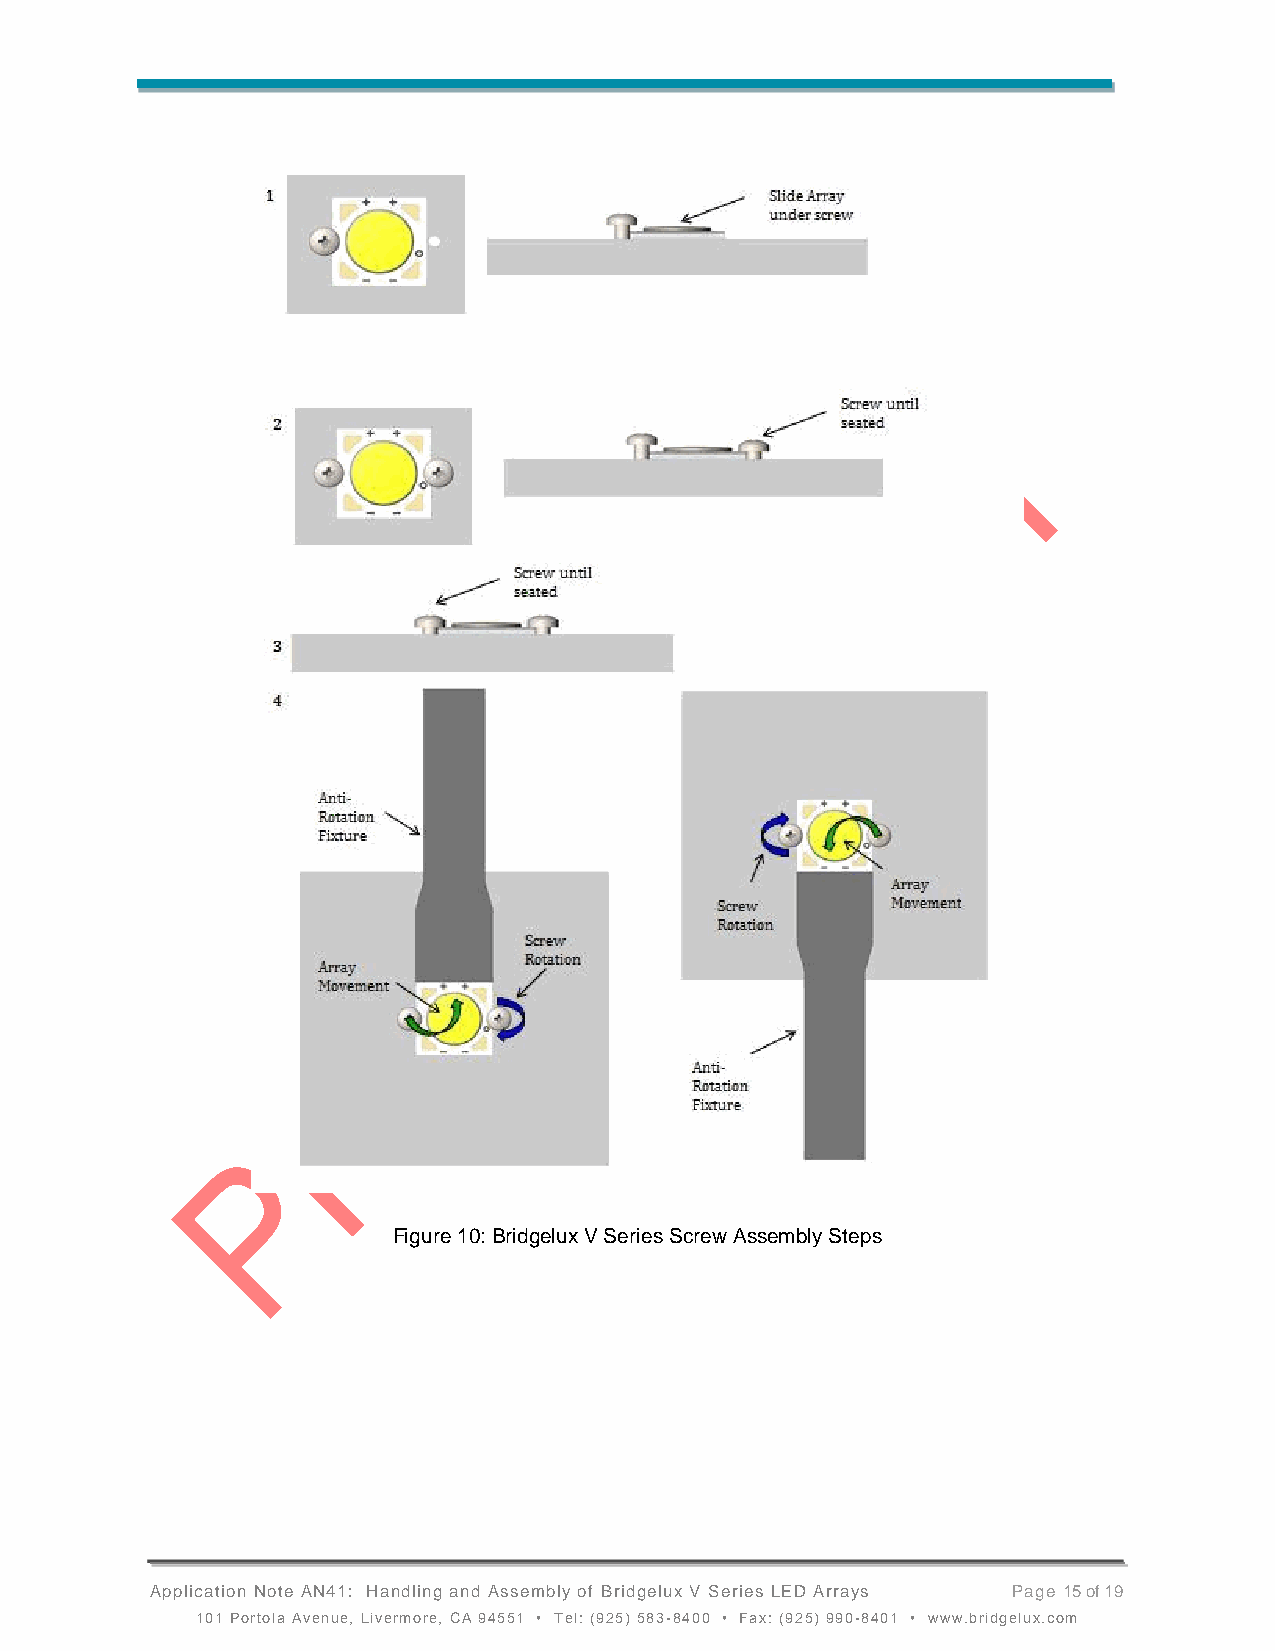
Figure 10: Bridgelux V Series Screw Assembly Steps
 Application Note AN41: Handling and Assembly of Bridgelux V Series LED Arrays Page 15 of 19
 101 Portola Avenue, Livermore, CA 94551 • Tel: (925) 583-8400 • Fax: (925) 990-8401 • www.bridgelux.com